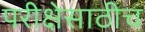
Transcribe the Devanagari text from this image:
परीक्षेसाठीच